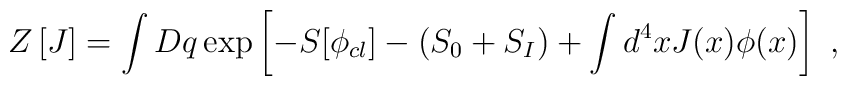
Z\left[ J \right] = \int Dq \exp\left[ -S[\phi_{cl}]-(S_{0} + S_{I} )+ \int d^4 x J(x)\phi(x)\right] \,\,,